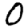
Digit: 0